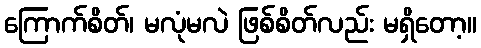
ကြောက်စိတ်၊ မလုံမလဲ ဖြစ်စိတ်လည်း မရှိတော့။